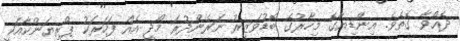
ދެއްވާ ގޮތެވެ. އިންޑިޔާގެ މިހާރުގެ ބޮޑުވަޒީރު ނަރެންދުރަ މޯދީ އެއް ފަހަރަކު ޕްރިޔަންކާއަކީ